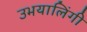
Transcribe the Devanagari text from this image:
उभयालिंगी